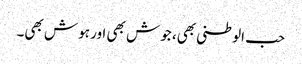
حب الوطنی بھی، جوش بھی اور ہوش بھی۔